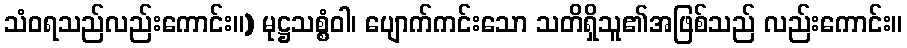
သံဝရသည်လည်းကောင်း။) မုဋ္ဌသစ္စံဝါ၊ ပျောက်ကင်းသော သတိရှိသူ၏အဖြစ်သည် လည်းကောင်း။